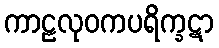
ကာဠလုဝကပရိက္ခဋာ